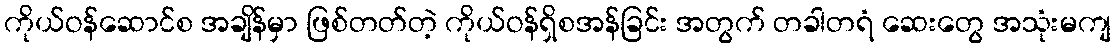
ကိုယ်ဝန်ဆောင်စ အချိန်မှာ ဖြစ်တတ်တဲ့ ကိုယ်ဝန်ရှိစအန်ခြင်း အတွက် တခါတရံ ဆေးတွေ အသုံးမကျ